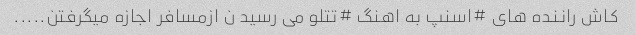
کاش راننده های #اسنپ به اهنگ #تتلو می رسید ن ازمسافر اجازه میگرفتن.....